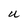
Character: U